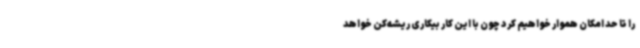
را تا حد امکان هموار خواهیم کرد چون با این کار بیکاری ریشه‌کن خواهد